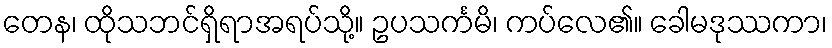
တေန၊ ထိုသဘင်ရှိရာအရပ်သို့။ ဥပသင်္ကမိ၊ ကပ်လေ၏။ ခေါမဒုဿကာ၊